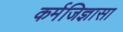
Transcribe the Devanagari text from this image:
कर्मजिज्ञासा